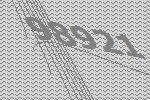
98921